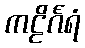
ကဠိင်္ဂရံ